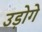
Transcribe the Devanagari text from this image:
उड़ोगे